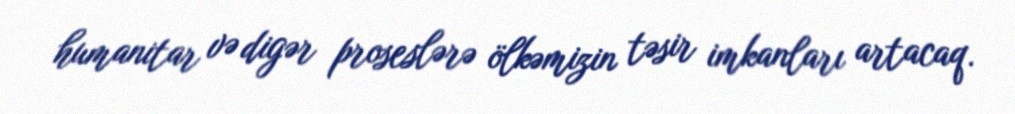
humanitar və digər proseslərə ölkəmizin təsir imkanları artacaq.